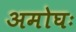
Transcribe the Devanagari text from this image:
अमोघः